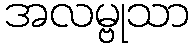
အလမ္ဗုသာ